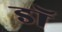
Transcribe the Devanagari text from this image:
डॉ